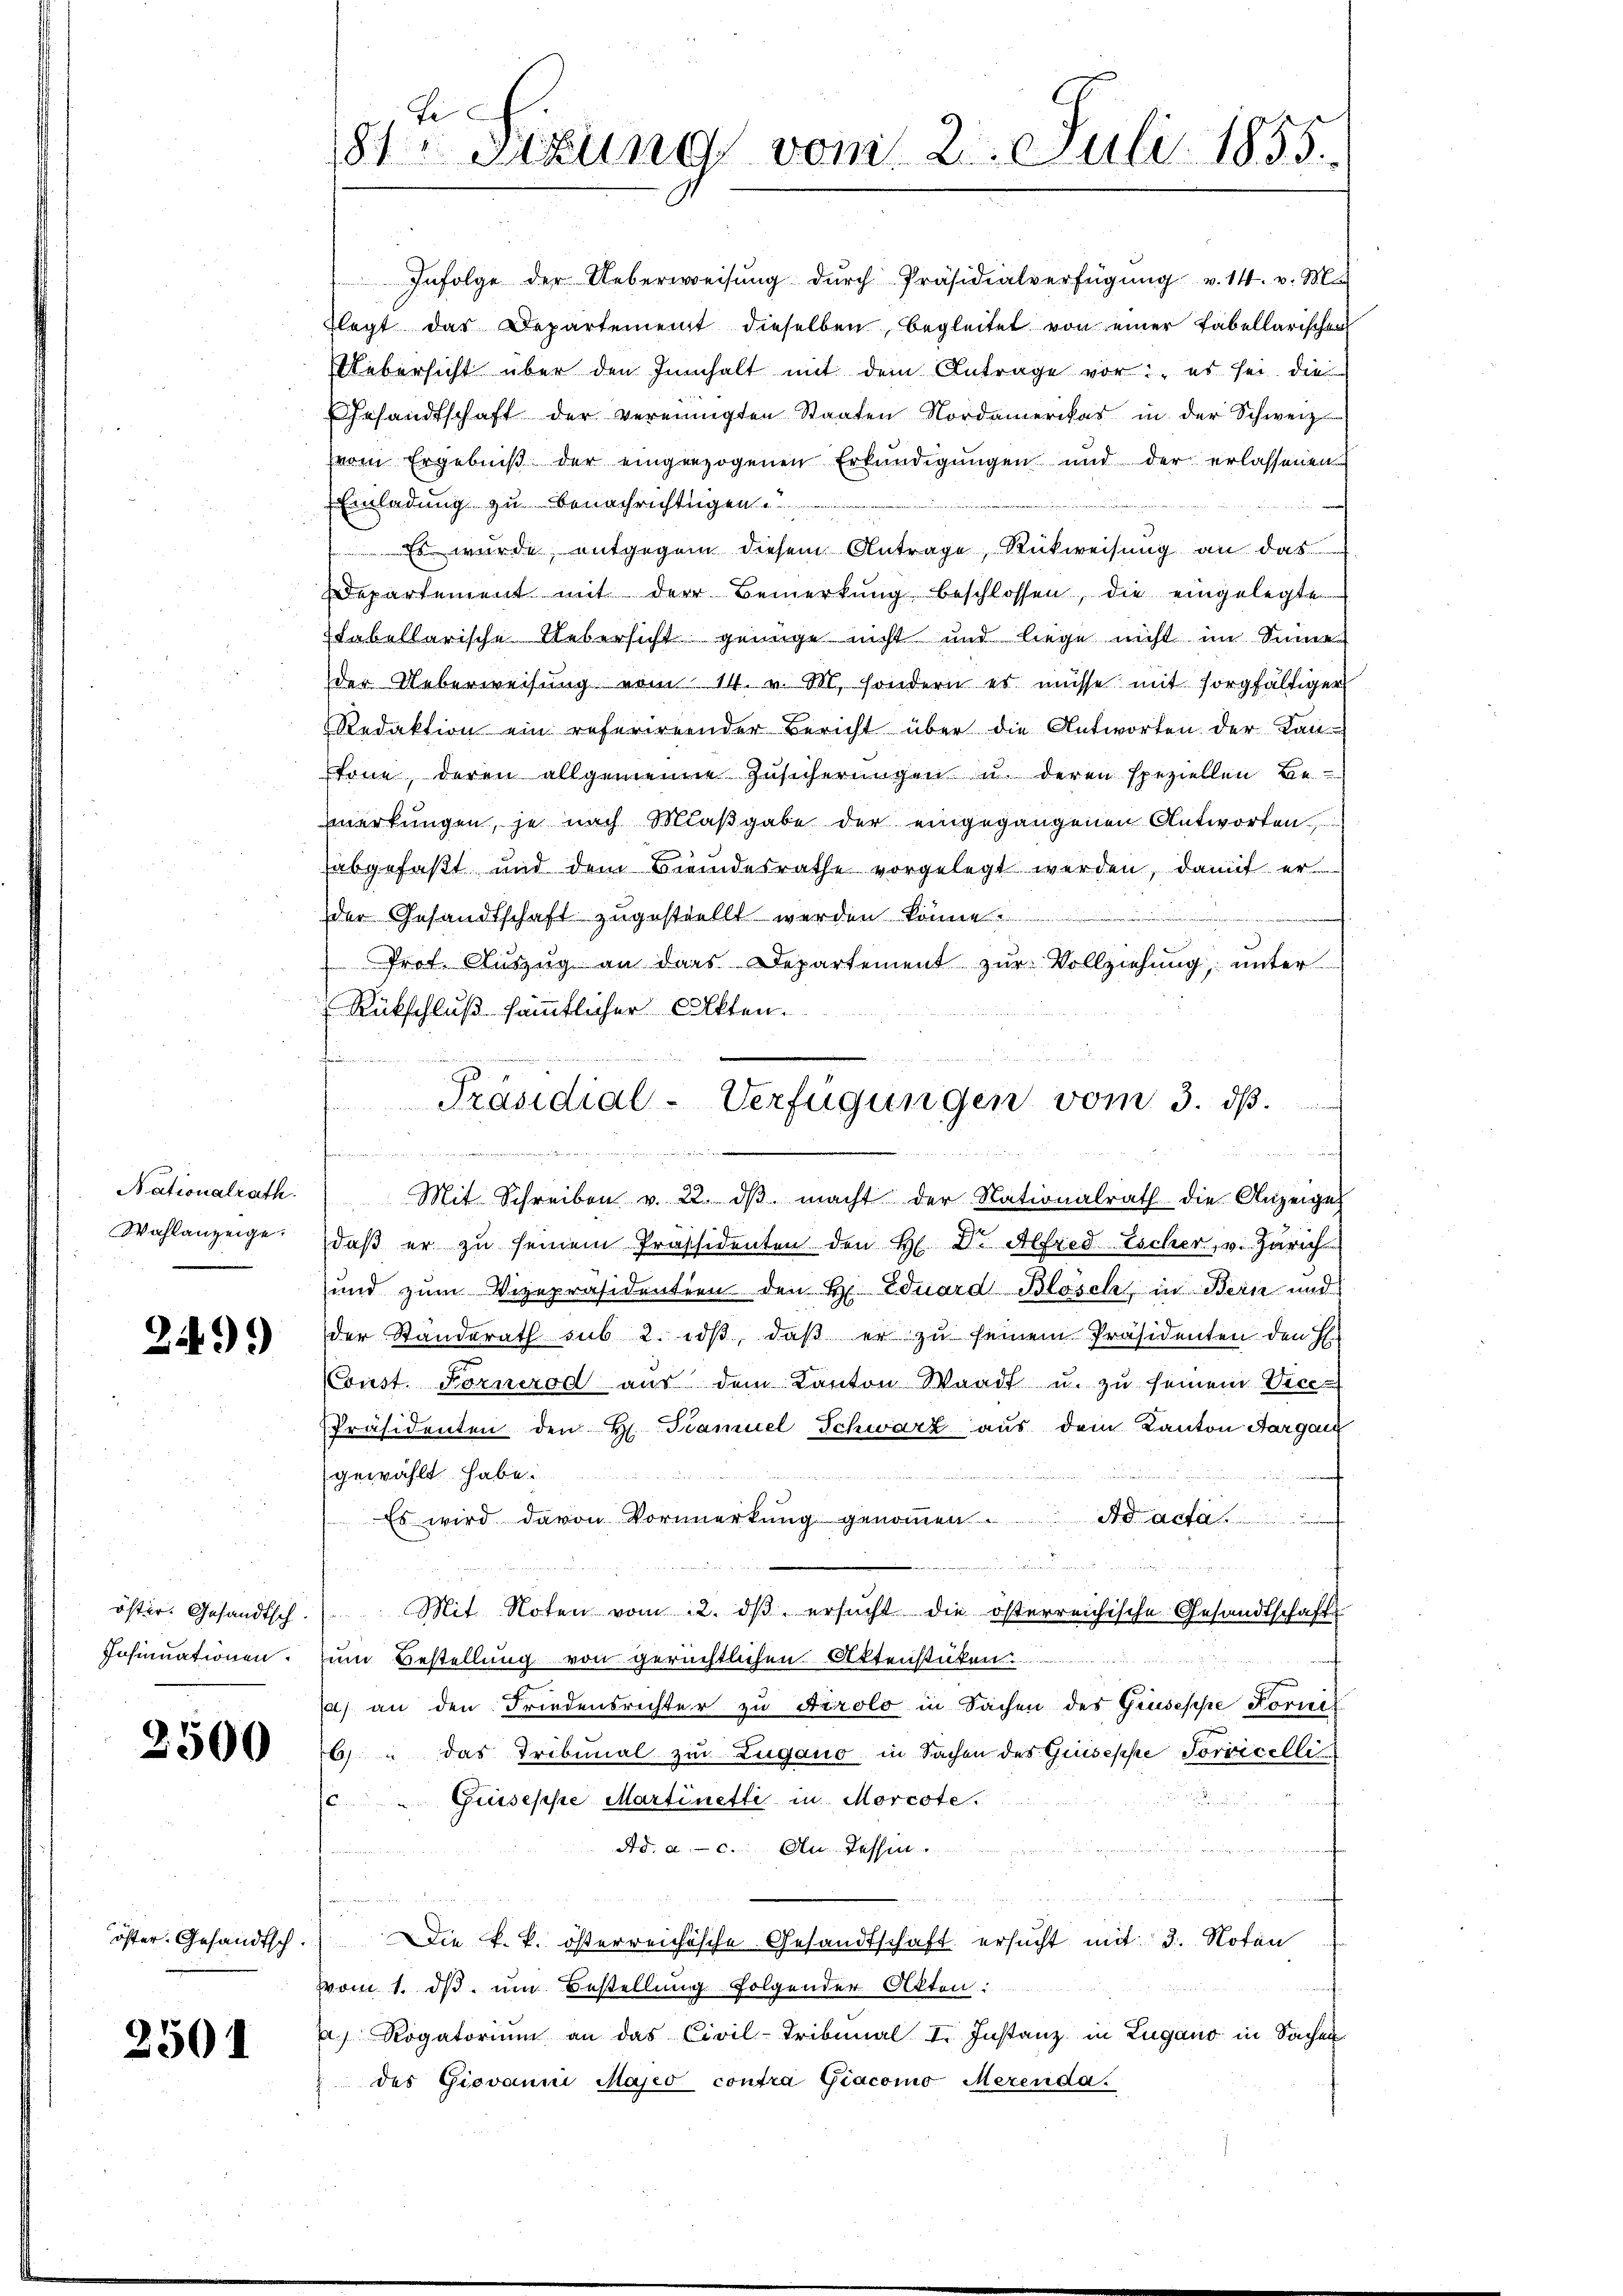
Nationalrath.
Wahlanzeige.

249)

öster. Gesandtsch.
Insinuationen.

2500

öster. Gesandtsch.

2501

se
81 stung vom 2. Juli 1855.

Infolge der Ueberweisŭng dŭrch Präsidialverfügŭng v. 14. v. Ma
plagt das Departement dieselben begleitet von einer Tabellarischen
Uebersicht über den Innhalt mit dem Antrage vor: es sei. Die
Gesandtschaft der vereinigten Staaten Nordamerikas in der Schweiz
vom Ergebniß der eingezogenen Erkundigungen und der erlassenen
Einladung zu benachrichtigen.
Es wurde, entgegen diesem Antrage, Rückweisung an das
Departement mit der Bemerkŭng beschlossen, die eingelegte
Etabellarische Uebersicht genüge nicht und liege nicht im Sinne
der Ueberweisung vom 14. v. M. sondern es müsse mit sorgfältiger
Redaktion ein referirender Bericht über die Antworten der Kant
töne, deren allgemeine Zusicherungen u. deren speziellen Be
merkungen, je nach Maßgabe der eingegangenen Antworten
abgefaßt und dem Brendesrathe vorgelegt werden, damit er
der Gesandtschaft zugestellt werden könne.
Prof. Auszug an dass Departement zur Vollziehung, unter
Rückschluß sämmtlicher Akten.
handern
125 f 0 x
hennen, und wenn ein
Mit Schreiben v. 22. dβ macht der Nationalrath die Anzeige
daβ er zu seinem Präsidenten den H. Dr. Alfred Escher, v. Zürich
und zum Vizepräsidentien den H. Eduard Blösch, in Bern und
der Standerath sub 2. iß, daß er zu seinem Präsidenten den H.
Const. Fornezod aus dem Kanton Waadt u. zu seinem Vice-
Präsidenten den H. Tramuel Schwarz aus dem Kanton Aargau
gewählt habe.
.
 Es wird davon Vormerkŭng genoṁen. ad acta

Mit Noten vom 12. dβ ersŭcht die österreichische Gesandtschaft
zum Bestellung von gerichtlichen Aktenstücken.
) an den Friedensrichter zu Airolo in Sachen des Grusische Forni
6) das Tribunal zu Zugano in Sachen des Guiseppe Jorvicelli
.
cGuiseppe Martinetti in Morcote.
Ad. a. c. An Tessin.
a
n
Die k. k. österreichische Gesandtschaft ersucht mit 3. Noten
vom 1. ds um Bestellung folgender Akten:
a Rogatorium an das Civil-Tribunal I. Instanz in Zugano in Sachen
des Giovanni Majeo contra Giacomo Merenda

Präsidial-Verfügungen vom 3. dβ.